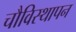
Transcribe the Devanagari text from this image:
चौविस्थापन